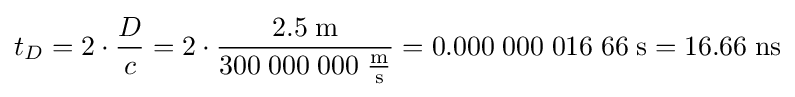
t_{D}=2\cdot {\frac {D}{c}}=2\cdot {\frac {2.5\;\mathrm {m} }{300\;000\;000\;{\frac {\mathrm {m} }{\mathrm {s} }}}}=0.000\;000\;016\;66\;\mathrm {s} =16.66\;\mathrm {ns}